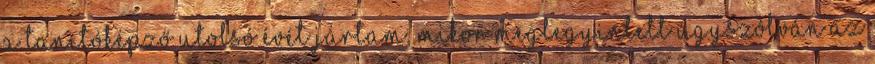
a tanítóképző utolsó évét jártam, mikor meglegyintett úgyszólván az